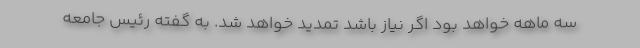
سه ماهه خواهد بود اگر نیاز باشد تمدید خواهد شد. به گفته رئیس جامعه